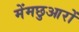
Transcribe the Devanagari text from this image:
मेंमछुआरों